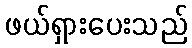
ဖယ်ရှားပေးသည်